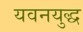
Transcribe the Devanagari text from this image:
यवनयुद्ध